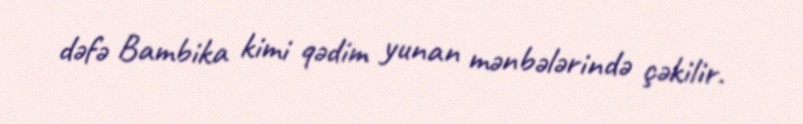
dəfə Bambika kimi qədim yunan mənbələrində çəkilir.